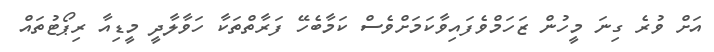
އަށް ވުރެ ގިނަ މީހުން ޒަހަމްވެފައިވާކަމަށްވެސް ކަމާބެހޭ ފަރާތްތަކާ ހަވާލާދީ މީޑިއާ ރިޕޯޓުތައް